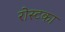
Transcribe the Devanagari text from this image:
रोस्टका